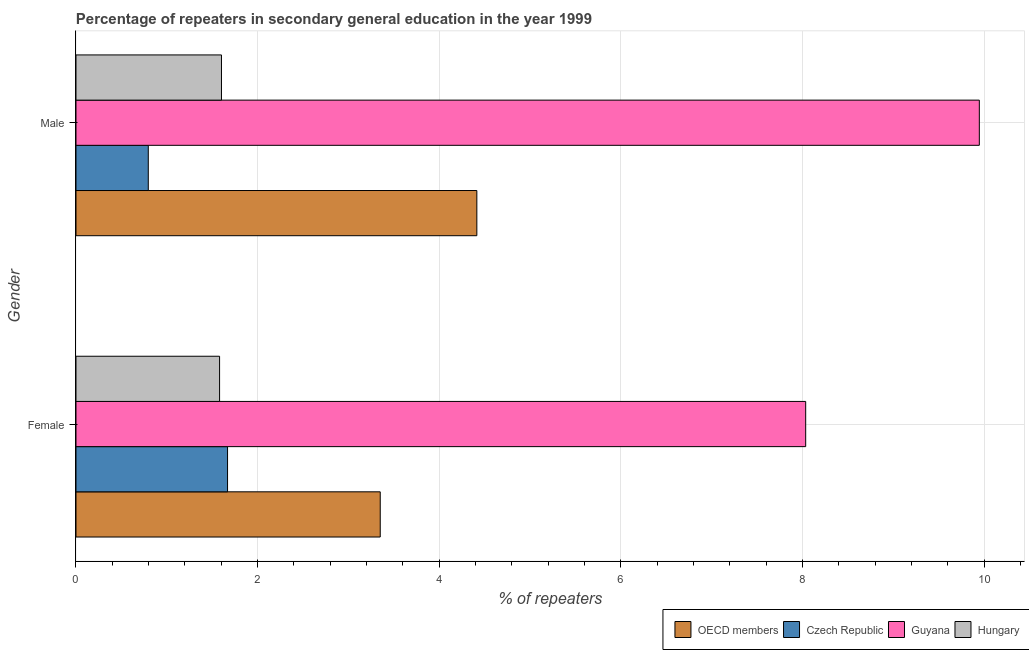
| Gender | OECD members | Czech Republic | Guyana | Hungary |
 | --- | --- | --- | --- | --- |
 | Female | 3.35 | 1.67 | 8.03 | 1.58 |
 | Male | 4.41 | 0.796 | 9.95 | 1.6 |